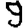
Digit: 9